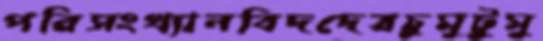
পরিসংখ্যানবিদদেরচুমুটুমু